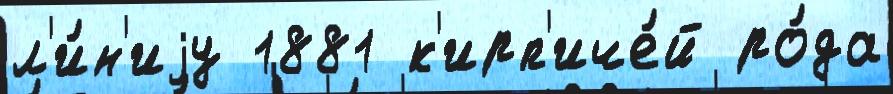
л'и́н'иjу 1881 к'ирп'иче́й ро́да